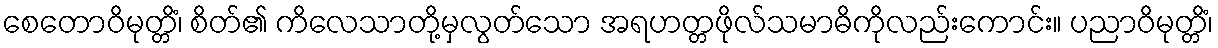
စေတောဝိမုတ္တိံ၊ စိတ်၏ ကိလေသာတို့မှလွတ်သော အရဟတ္တဖိုလ်သမာဓိကိုလည်းကောင်း။ ပညာဝိမုတ္တိံ၊